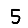
Digit: 5